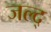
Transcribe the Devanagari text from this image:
जल्द्